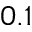
0 . 1